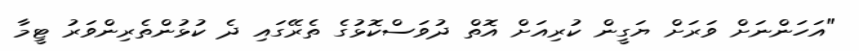
"އަހަންނަށް ވަރަށް ޔަގީން ކުރިއަށް އޮތް ދުވަސްކޮޅުގެ ތެރޭގައި ދެ ކުޅުންތެރިންވަރު ޓީމާ